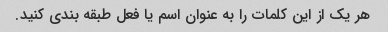
هر یک از این کلمات را به عنوان اسم یا فعل طبقه بندی کنید.